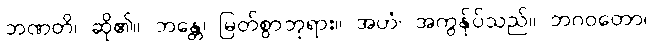
ဘဏတိ၊ ဆို၏။ ဘန္တေ၊ မြတ်စွာဘုရား။ အဟံ၊ အကွန်ုပ်သည်။ ဘဂဝတော၊